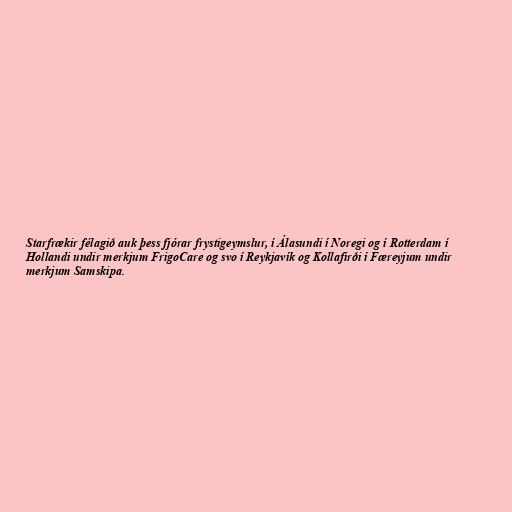
Starfrækir félagið auk þess fjórar frystigeymslur, í Álasundi í Noregi og í Rotterdam í
Hollandi undir merkjum FrigoCare og svo í Reykjavík og Kollafirði í Færeyjum undir
merkjum Samskipa.